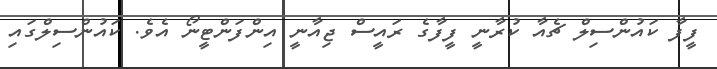
ފީފާ ކައުންސިލް ޗެއާ ކުރާނީ ފީފާގެ ރައީސް ޖިއާނީ އިންފަންޓީނޯ އެވެ. ކައުންސިލްގައި